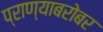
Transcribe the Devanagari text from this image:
प्राण्याबरोबर